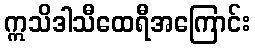
ဣသိဒါသီထေရီအကြောင်း